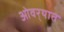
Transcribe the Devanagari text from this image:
ओवर्‍यात